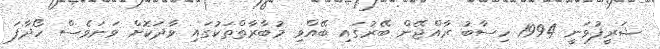
ޝަރީފުވަނީ 1994 ހިސާބު ރާއްޖޭން ބޭރުގައި ބޭއްވި މުބާރާތްތަކުގައި ވާދަކޮށް ވަނަވެސް ހޯދާފަ